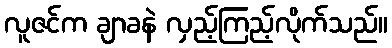
လူဇင်က ချာခနဲ လှည့်ကြည့်လိုက်သည်။